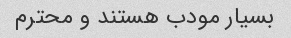
بسیار مودب هستند و محترم